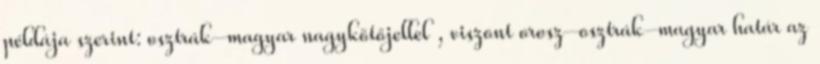
példája szerint: osztrák–magyar nagykötőjellel , viszont orosz–osztrák-magyar határ az